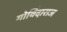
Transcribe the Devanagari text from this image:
गोविंदाराज